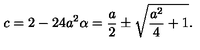
c = 2 - 2 4 a ^ { 2 } \alpha = \frac { a } { 2 } \pm \sqrt { \frac { a ^ { 2 } } { 4 } + 1 } .